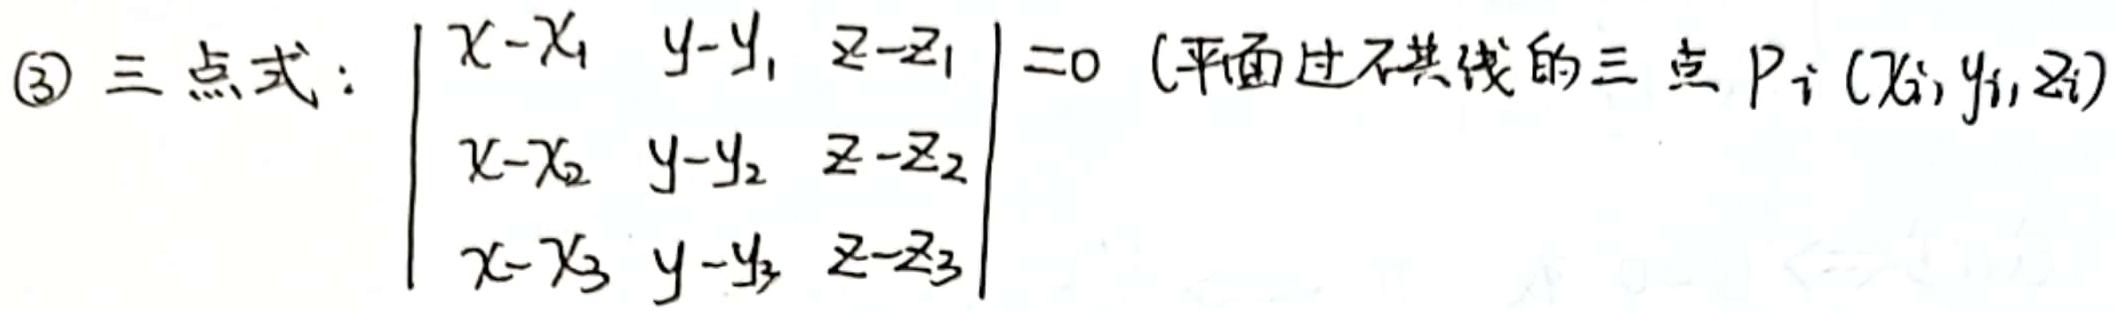
(3) 三点式：$\begin{vmatrix}
x - x_1 & y - y_1 & z - z_1 \\
x - x_2 & y - y_2 & z - z_2 \\
x - x_3 & y - y_3 & z - z_3
\end{vmatrix} = 0$ (平面过不共线的三点 $P_i(x_i, y_i, z_i)$)